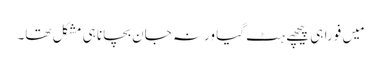
مَیں فوراً ہی پیچھے ہٹ گیا ورنہ جان بچانا ہی مشکل تھا۔